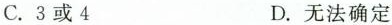
C.3或4 D.无法确定